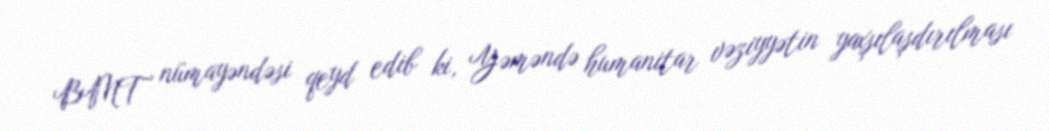
BMT nümayəndəsi qeyd edib ki, Yəməndə humanitar vəziyyətin yaxşılaşdırılması